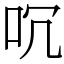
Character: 㕴